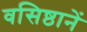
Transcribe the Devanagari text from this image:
वसिष्ठानें